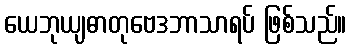
ယေဘုယျဓာတုဗေဒဘာသာရပ် ဖြစ်သည်။